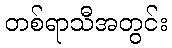
တစ်ရာသီအတွင်း